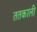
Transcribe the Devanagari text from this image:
ततकाली